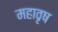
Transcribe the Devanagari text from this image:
महावृष